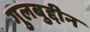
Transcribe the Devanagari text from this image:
गुलबुद्दीन